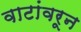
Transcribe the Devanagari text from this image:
वाटांवरून